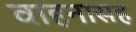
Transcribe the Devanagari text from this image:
वाहनासह